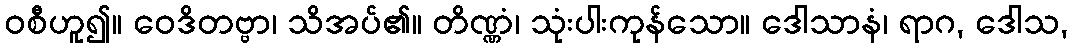
ဝစီဟူ၍။ ဝေဒိတဗ္ဗာ၊ သိအပ်၏။ တိဏ္ဏံ၊ သုံးပါးကုန်သော။ ဒေါသာနံ၊ ရာဂ, ဒေါသ,